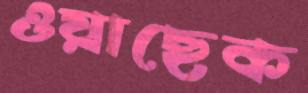
ওয়াছেক